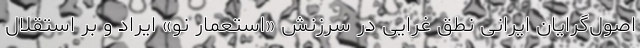
اصول‌گرایان ایرانی نطق غرّایی در سرزنش «استعمار نو» ایراد و بر استقلال